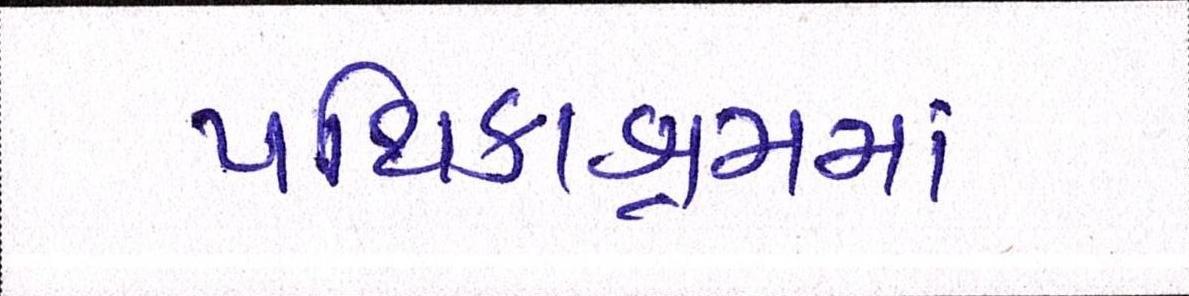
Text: પથિકાશ્રમમાં